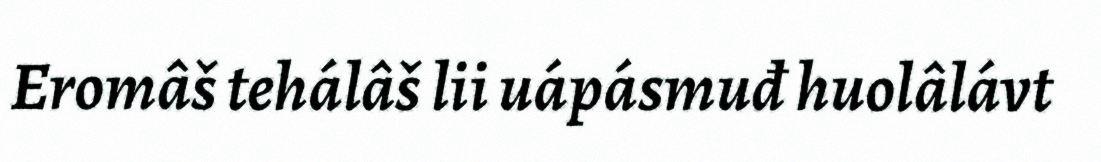
Eromâš tehálâš lii uápásmuđ huolâlávt